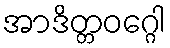
အာဒိတ္တဝဂ္ဂေါ